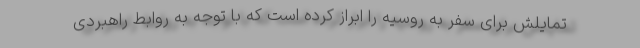
تمایلش برای سفر به روسیه را ابراز کرده است که با توجه به روابط راهبردی